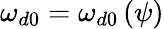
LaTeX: \omega_{d0}=\omega_{d0}\left(\psi\right)